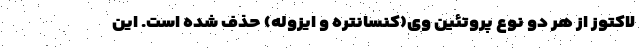
لاکتوز از هر دو نوع پروتئین وی(کنسانتره و ایزوله) حذف شده است. این